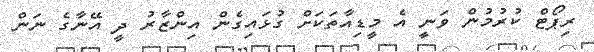
ރިޕޯޓް ކުރުމުން ވަނީ އެ މީޑިއާތަކަށް ގުޅައިގެން އިންޒާރު ދީ އޭނާގެ ނަން